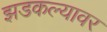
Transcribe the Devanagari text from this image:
झडकल्यावर